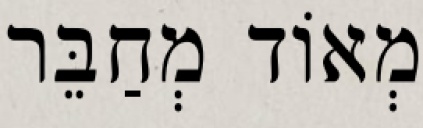
מְאוֹד מְחַבֵּר